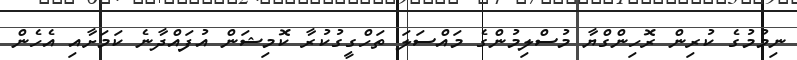
ނިމުމުގެ ކުރިން ރޮހިންގްޔާ މުސްލިމުންގެ މައްސަލަ ތަހްގީގުކުރާ ކޮމިޝަން އުފައްދާނެ ކަމަށާއި އެހެން